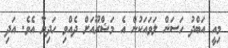
މިއީ އަބްދު ހަސަން ލަވައަކުން އެ މަޝްރޫއަށް ދެއްވި ހަދިޔާ އެވެ. އަދި